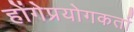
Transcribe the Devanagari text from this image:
होंगेप्रयोगकर्ता